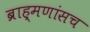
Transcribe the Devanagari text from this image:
ब्राह्मणांसच